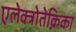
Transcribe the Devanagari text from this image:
एलेक्त्रोतेक्निका